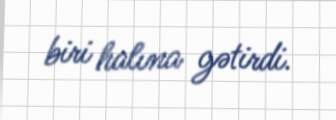
biri halına gətirdi.